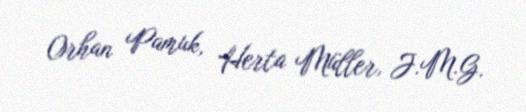
Orhan Pamuk, Herta Müller, J.M.G.